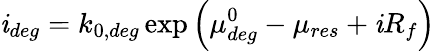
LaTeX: \mathit{i}_{deg}=k_{0,deg}\exp{\left({\mu_{deg}^{0}-\mu_{res}+\mathit{i}R_{f}}\right)}